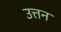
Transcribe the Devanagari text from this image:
उत्तन